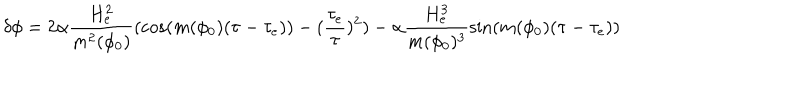
\delta \phi = 2 \alpha \frac { H _ { e } ^ { 2 } } { m ^ { 2 } ( \phi _ { 0 } ) } ( \cos ( m ( \phi _ { 0 } ) ( \tau - \tau _ { e } ) ) - ( \frac { \tau _ { e } } { \tau } ) ^ { 2 } ) - \alpha \frac { H _ { e } ^ { 3 } } { m ( \phi _ { 0 } ) ^ { 3 } } \sin ( m ( \phi _ { 0 } ) ( \tau - \tau _ { e } ) )